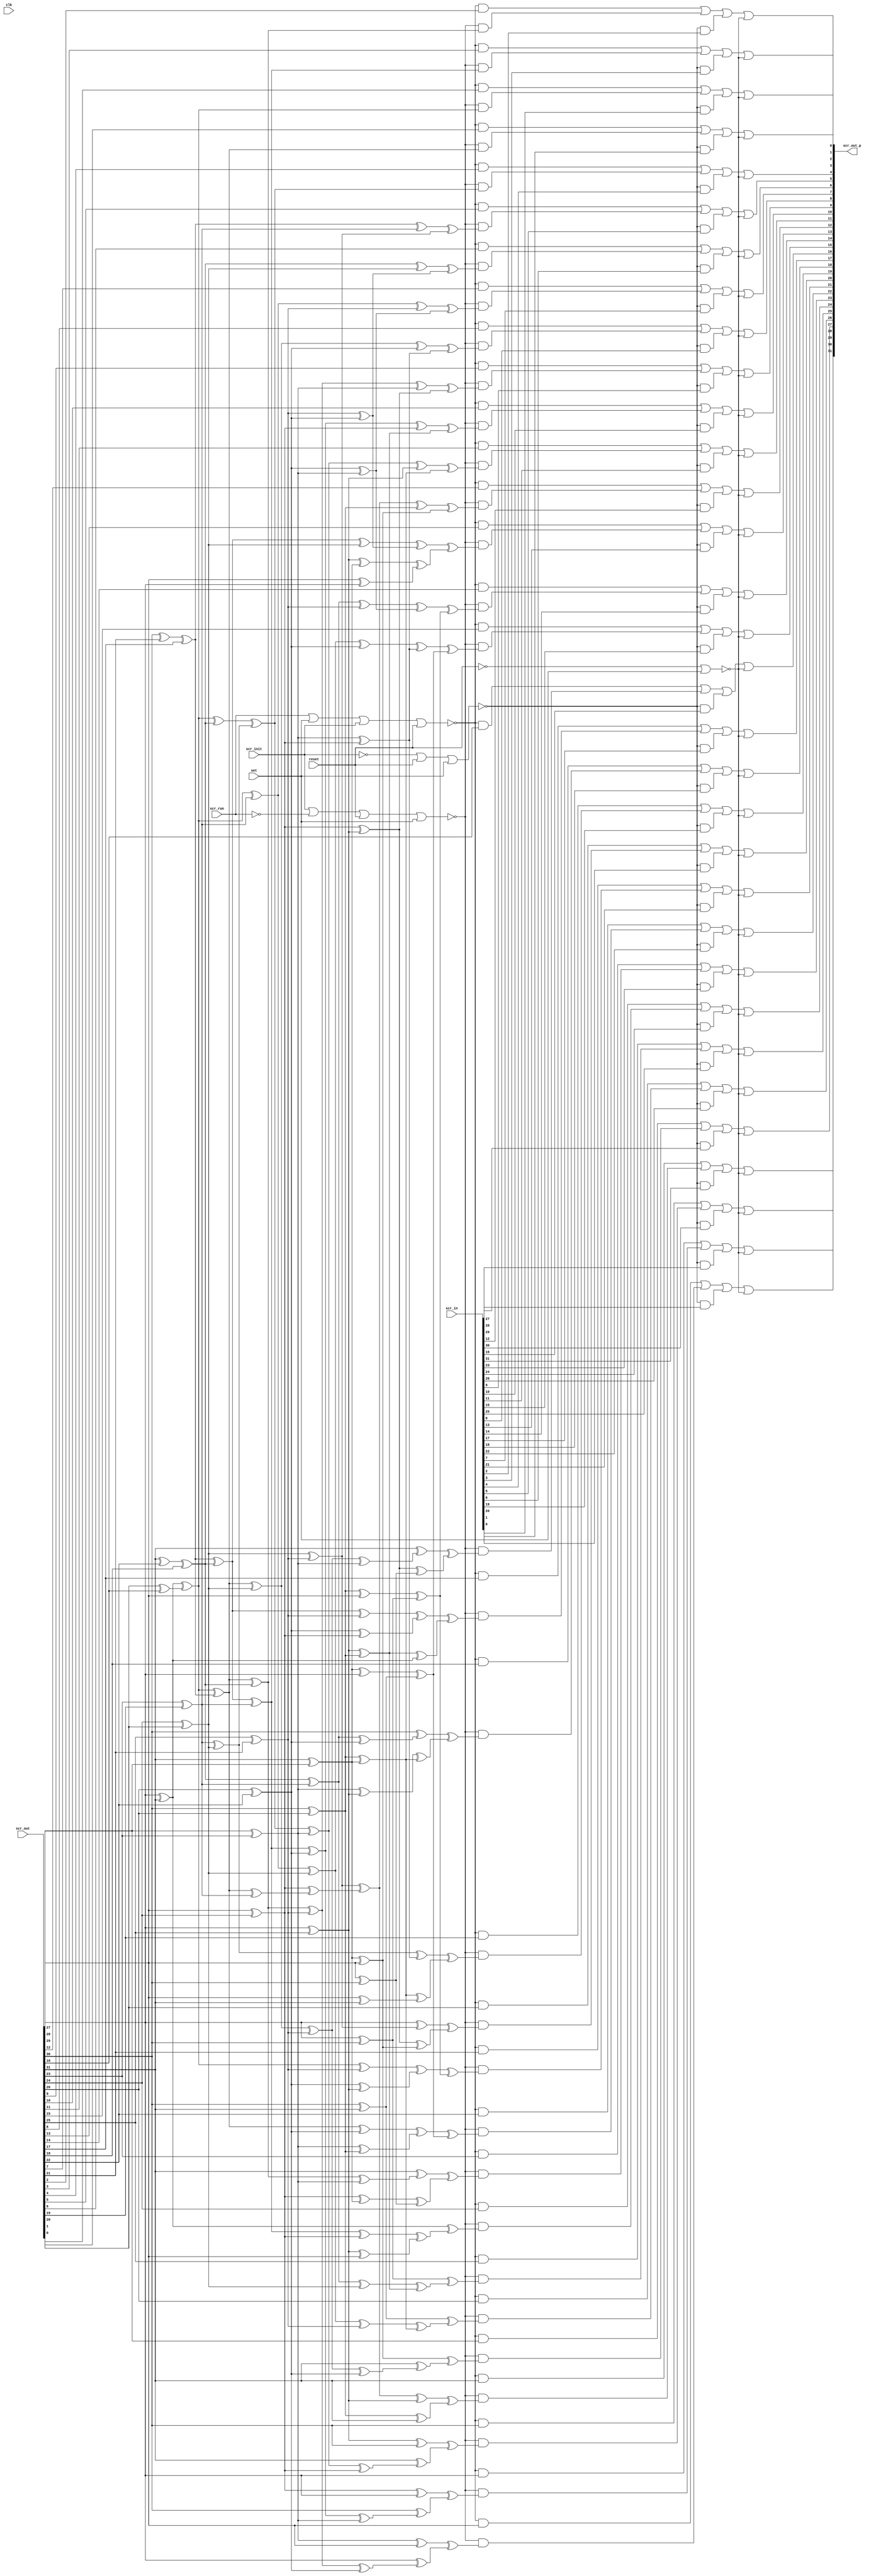
//
// Conformal-LEC: Version 11.10-d208 (10-Mar-2012) (64 bit executable)
//
module top(scr_out, scr_in, scr_init, scr_run, clk, reset, scr_out_p, set);
input  scr_init, scr_run, clk, reset, set;
input   [31:0] scr_out;
input   [31:0] scr_in;
output  [31:0] scr_out_p;
wire  \scr_ff_mux_state_427_13_g792/w_0 , \scr_ff_mux_state_427_13_g792/w_1 , 
    \scr_ff_mux_state_427_13_g792/w_2 , \scr_ff_mux_state_427_13_g792/w_3 , 
    \scr_ff_mux_state_427_13_g792/w_4 , \scr_ff_mux_state_427_13_g780/w_0 , 
    \scr_ff_mux_state_427_13_g780/w_1 , \scr_ff_mux_state_427_13_g780/w_2 , 
    \scr_ff_mux_state_427_13_g780/w_3 , \scr_ff_mux_state_427_13_g780/w_4 , 
    \scr_ff_mux_state_427_13_g764/w_0 , \scr_ff_mux_state_427_13_g764/w_1 , 
    \scr_ff_mux_state_427_13_g764/w_2 , \scr_ff_mux_state_427_13_g764/w_3 , 
    \scr_ff_mux_state_427_13_g764/w_4 , \scr_ff_mux_state_427_13_g752/w_0 , 
    \scr_ff_mux_state_427_13_g752/w_1 , \scr_ff_mux_state_427_13_g752/w_2 , 
    \scr_ff_mux_state_427_13_g752/w_3 , \scr_ff_mux_state_427_13_g752/w_4 , 
    \scr_ff_mux_state_427_13_g736/w_0 , \scr_ff_mux_state_427_13_g736/w_1 , 
    \scr_ff_mux_state_427_13_g736/w_2 , \scr_ff_mux_state_427_13_g736/w_3 , 
    \scr_ff_mux_state_427_13_g736/w_4 , \scr_ff_mux_state_427_13_g724/w_0 , 
    \scr_ff_mux_state_427_13_g724/w_1 , \scr_ff_mux_state_427_13_g724/w_2 , 
    \scr_ff_mux_state_427_13_g724/w_3 , \scr_ff_mux_state_427_13_g724/w_4 , 
    \scr_ff_mux_state_427_13_g708/w_0 , \scr_ff_mux_state_427_13_g708/w_1 , 
    \scr_ff_mux_state_427_13_g708/w_2 , \scr_ff_mux_state_427_13_g708/w_3 , 
    \scr_ff_mux_state_427_13_g708/w_4 , \scr_ff_mux_state_427_13_g696/w_0 , 
    \scr_ff_mux_state_427_13_g696/w_1 , \scr_ff_mux_state_427_13_g696/w_2 , 
    \scr_ff_mux_state_427_13_g696/w_3 , \scr_ff_mux_state_427_13_g696/w_4 , 
    \scr_ff_mux_state_427_13_g680/w_0 , \scr_ff_mux_state_427_13_g680/w_1 , 
    \scr_ff_mux_state_427_13_g680/w_2 , \scr_ff_mux_state_427_13_g680/w_3 , 
    \scr_ff_mux_state_427_13_g680/w_4 , \scr_ff_mux_state_427_13_g668/w_0 , 
    \scr_ff_mux_state_427_13_g668/w_1 , \scr_ff_mux_state_427_13_g668/w_2 , 
    \scr_ff_mux_state_427_13_g668/w_3 , \scr_ff_mux_state_427_13_g668/w_4 , 
    \scr_ff_mux_state_427_13_g652/w_0 , \scr_ff_mux_state_427_13_g652/w_1 , 
    \scr_ff_mux_state_427_13_g652/w_2 , \scr_ff_mux_state_427_13_g652/w_3 , 
    \scr_ff_mux_state_427_13_g652/w_4 , \scr_ff_mux_state_427_13_g640/w_0 , 
    \scr_ff_mux_state_427_13_g640/w_1 , \scr_ff_mux_state_427_13_g640/w_2 , 
    \scr_ff_mux_state_427_13_g640/w_3 , \scr_ff_mux_state_427_13_g640/w_4 , 
    \scr_ff_mux_state_427_13_g624/w_0 , \scr_ff_mux_state_427_13_g624/w_1 , 
    \scr_ff_mux_state_427_13_g624/w_2 , \scr_ff_mux_state_427_13_g624/w_3 , 
    \scr_ff_mux_state_427_13_g624/w_4 , \scr_ff_mux_state_427_13_g612/w_0 , 
    \scr_ff_mux_state_427_13_g612/w_1 , \scr_ff_mux_state_427_13_g612/w_2 , 
    \scr_ff_mux_state_427_13_g612/w_3 , \scr_ff_mux_state_427_13_g612/w_4 , 
    \scr_ff_mux_state_427_13_g596/w_0 , \scr_ff_mux_state_427_13_g596/w_1 , 
    \scr_ff_mux_state_427_13_g596/w_2 , \scr_ff_mux_state_427_13_g596/w_3 , 
    \scr_ff_mux_state_427_13_g596/w_4 , \scr_ff_mux_state_427_13_g584/w_0 , 
    \scr_ff_mux_state_427_13_g584/w_1 , \scr_ff_mux_state_427_13_g584/w_2 , 
    \scr_ff_mux_state_427_13_g584/w_3 , \scr_ff_mux_state_427_13_g584/w_4 , 
    \scr_ff_mux_state_427_13_g568/w_0 , \scr_ff_mux_state_427_13_g568/w_1 , 
    \scr_ff_mux_state_427_13_g568/w_2 , \scr_ff_mux_state_427_13_g568/w_3 , 
    \scr_ff_mux_state_427_13_g568/w_4 , \scr_ff_mux_state_427_13_g556/w_0 , 
    \scr_ff_mux_state_427_13_g556/w_1 , \scr_ff_mux_state_427_13_g556/w_2 , 
    \scr_ff_mux_state_427_13_g556/w_3 , \scr_ff_mux_state_427_13_g556/w_4 , 
    \scr_ff_mux_state_427_13_g540/w_0 , \scr_ff_mux_state_427_13_g540/w_1 , 
    \scr_ff_mux_state_427_13_g540/w_2 , \scr_ff_mux_state_427_13_g540/w_3 , 
    \scr_ff_mux_state_427_13_g540/w_4 , \scr_ff_mux_state_427_13_g528/w_0 , 
    \scr_ff_mux_state_427_13_g528/w_1 , \scr_ff_mux_state_427_13_g528/w_2 , 
    \scr_ff_mux_state_427_13_g528/w_3 , \scr_ff_mux_state_427_13_g528/w_4 , 
    \scr_ff_mux_state_427_13_g512/w_0 , \scr_ff_mux_state_427_13_g512/w_1 , 
    \scr_ff_mux_state_427_13_g512/w_2 , \scr_ff_mux_state_427_13_g512/w_3 , 
    \scr_ff_mux_state_427_13_g512/w_4 , \scr_ff_mux_state_427_13_g500/w_0 , 
    \scr_ff_mux_state_427_13_g500/w_1 , \scr_ff_mux_state_427_13_g500/w_2 , 
    \scr_ff_mux_state_427_13_g500/w_3 , \scr_ff_mux_state_427_13_g500/w_4 , 
    \scr_ff_mux_state_427_13_g484/w_0 , \scr_ff_mux_state_427_13_g484/w_1 , 
    \scr_ff_mux_state_427_13_g484/w_2 , \scr_ff_mux_state_427_13_g484/w_3 , 
    \scr_ff_mux_state_427_13_g484/w_4 , \scr_ff_mux_state_427_13_g472/w_0 , 
    \scr_ff_mux_state_427_13_g472/w_1 , \scr_ff_mux_state_427_13_g472/w_2 , 
    \scr_ff_mux_state_427_13_g472/w_3 , \scr_ff_mux_state_427_13_g472/w_4 , 
    \scr_ff_mux_state_427_13_g456/w_0 , \scr_ff_mux_state_427_13_g456/w_1 , 
    \scr_ff_mux_state_427_13_g456/w_2 , \scr_ff_mux_state_427_13_g456/w_3 , 
    \scr_ff_mux_state_427_13_g456/w_4 , \scr_ff_mux_state_427_13_g444/w_0 , 
    \scr_ff_mux_state_427_13_g444/w_1 , \scr_ff_mux_state_427_13_g444/w_2 , 
    \scr_ff_mux_state_427_13_g444/w_3 , \scr_ff_mux_state_427_13_g444/w_4 , 
    \scr_ff_mux_state_427_13_g428/w_0 , \scr_ff_mux_state_427_13_g428/w_1 , 
    \scr_ff_mux_state_427_13_g428/w_2 , \scr_ff_mux_state_427_13_g428/w_3 , 
    \scr_ff_mux_state_427_13_g428/w_4 , \scr_ff_mux_state_427_13_g416/w_0 , 
    \scr_ff_mux_state_427_13_g416/w_1 , \scr_ff_mux_state_427_13_g416/w_2 , 
    \scr_ff_mux_state_427_13_g416/w_3 , \scr_ff_mux_state_427_13_g416/w_4 , 
    \scr_ff_mux_state_427_13_g400/w_0 , \scr_ff_mux_state_427_13_g400/w_1 , 
    \scr_ff_mux_state_427_13_g400/w_2 , \scr_ff_mux_state_427_13_g400/w_3 , 
    \scr_ff_mux_state_427_13_g400/w_4 , \scr_ff_mux_state_427_13_g388/w_0 , 
    \scr_ff_mux_state_427_13_g388/w_1 , \scr_ff_mux_state_427_13_g388/w_2 , 
    \scr_ff_mux_state_427_13_g388/w_3 , \scr_ff_mux_state_427_13_g388/w_4 , 
    \scr_ff_mux_state_427_13_g372/w_0 , \scr_ff_mux_state_427_13_g372/w_1 , 
    \scr_ff_mux_state_427_13_g372/w_2 , \scr_ff_mux_state_427_13_g372/w_3 , 
    \scr_ff_mux_state_427_13_g372/w_4 , \scr_ff_mux_state_427_13_g360/w_0 , 
    \scr_ff_mux_state_427_13_g360/w_1 , \scr_ff_mux_state_427_13_g360/w_2 , 
    \scr_ff_mux_state_427_13_g360/w_3 , \scr_ff_mux_state_427_13_g360/w_4 , 
    n_1153, n_1152, n_1151, n_425, n_424, n_423, n_422, n_404, n_402, n_401, 
    n_398, n_397, n_395, n_394, n_392, n_391, n_389, n_388, n_386, n_385, 
    n_383, n_382, n_380, n_379, n_377, n_376, n_374, n_373, n_372, n_371, 
    n_370, n_369, n_368, n_367, n_366, n_364, n_361, n_360, n_359, n_357, 
    n_353, n_352, n_351, n_350, n_347, n_346, n_345, n_344, n_341, n_340, 
    n_339, n_338, n_337, n_335, n_334, n_333, n_332, n_331, n_330, n_328, 
    n_327, n_326, n_325, n_324, n_322, n_321, n_320, n_319, n_318, n_316, 
    n_315, n_314, n_313, n_312, n_311, n_309, n_308, n_307, n_306, n_305, 
    n_304, n_303, n_302, n_301, n_300, n_299, n_298, n_297, n_296, n_295, 
    n_294, n_293, n_292, n_291, n_290, n_289, n_288, n_287, n_286, n_285, 
    n_284, n_283, n_282, n_281, n_280, n_279, n_278, n_277, n_276, n_275, 
    n_274, n_273, n_272, n_271, n_270, n_269, n_268, n_267, n_112, n_107, 
    n_106, n_102, n_101, n_96, n_95, n_90, n_89, n_88, n_84, n_83, n_78, n_74, 
    n_73, n_72, a15, \a14[0] , \a13[0] , \a12[0] , \a11[0] , \a10[0] , \a9[0] , 
    \a8[0] , \a7[0] , \a6[0] , \a5[0] , \a4[0] , set, reset, clk, scr_run, 
    scr_init;
wire  \scr_ff_mux_state_427_13_g792/data3 , \scr_ff_mux_state_427_13_g792/data4 , 
    \scr_ff_mux_state_427_13_g780/data3 , \scr_ff_mux_state_427_13_g780/data4 , 
    \scr_ff_mux_state_427_13_g764/data3 , \scr_ff_mux_state_427_13_g764/data4 , 
    \scr_ff_mux_state_427_13_g752/data3 , \scr_ff_mux_state_427_13_g752/data4 , 
    \scr_ff_mux_state_427_13_g736/data3 , \scr_ff_mux_state_427_13_g736/data4 , 
    \scr_ff_mux_state_427_13_g724/data3 , \scr_ff_mux_state_427_13_g724/data4 , 
    \scr_ff_mux_state_427_13_g708/data3 , \scr_ff_mux_state_427_13_g708/data4 , 
    \scr_ff_mux_state_427_13_g696/data3 , \scr_ff_mux_state_427_13_g696/data4 , 
    \scr_ff_mux_state_427_13_g680/data3 , \scr_ff_mux_state_427_13_g680/data4 , 
    \scr_ff_mux_state_427_13_g668/data3 , \scr_ff_mux_state_427_13_g668/data4 , 
    \scr_ff_mux_state_427_13_g652/data3 , \scr_ff_mux_state_427_13_g652/data4 , 
    \scr_ff_mux_state_427_13_g640/data3 , \scr_ff_mux_state_427_13_g640/data4 , 
    \scr_ff_mux_state_427_13_g624/data3 , \scr_ff_mux_state_427_13_g624/data4 , 
    \scr_ff_mux_state_427_13_g612/data3 , \scr_ff_mux_state_427_13_g612/data4 , 
    \scr_ff_mux_state_427_13_g596/data3 , \scr_ff_mux_state_427_13_g596/data4 , 
    \scr_ff_mux_state_427_13_g584/data3 , \scr_ff_mux_state_427_13_g584/data4 , 
    \scr_ff_mux_state_427_13_g568/data3 , \scr_ff_mux_state_427_13_g568/data4 , 
    \scr_ff_mux_state_427_13_g556/data3 , \scr_ff_mux_state_427_13_g556/data4 , 
    \scr_ff_mux_state_427_13_g540/data3 , \scr_ff_mux_state_427_13_g540/data4 , 
    \scr_ff_mux_state_427_13_g528/data3 , \scr_ff_mux_state_427_13_g528/data4 , 
    \scr_ff_mux_state_427_13_g512/data3 , \scr_ff_mux_state_427_13_g512/data4 , 
    \scr_ff_mux_state_427_13_g500/data3 , \scr_ff_mux_state_427_13_g500/data4 , 
    \scr_ff_mux_state_427_13_g484/data3 , \scr_ff_mux_state_427_13_g484/data4 , 
    \scr_ff_mux_state_427_13_g472/data3 , \scr_ff_mux_state_427_13_g472/data4 , 
    \scr_ff_mux_state_427_13_g456/data3 , \scr_ff_mux_state_427_13_g456/data4 , 
    \scr_ff_mux_state_427_13_g444/data3 , \scr_ff_mux_state_427_13_g444/data4 , 
    \scr_ff_mux_state_427_13_g428/data3 , \scr_ff_mux_state_427_13_g428/data4 , 
    \scr_ff_mux_state_427_13_g416/data3 , \scr_ff_mux_state_427_13_g416/data4 , 
    \scr_ff_mux_state_427_13_g400/data3 , \scr_ff_mux_state_427_13_g400/data4 , 
    \scr_ff_mux_state_427_13_g388/data3 , \scr_ff_mux_state_427_13_g388/data4 , 
    \scr_ff_mux_state_427_13_g372/data3 , \scr_ff_mux_state_427_13_g372/data4 , 
    \scr_ff_mux_state_427_13_g360/data3 , \scr_ff_mux_state_427_13_g360/data4 ;
wire   [31:0] scr_out_p;
wire   [31:0] scr_in;
wire   [31:0] scr_out;
  assign \scr_ff_mux_state_427_13_g792/data4  = 1'b0;
  assign \scr_ff_mux_state_427_13_g780/data4  = 1'b0;
  assign \scr_ff_mux_state_427_13_g764/data4  = 1'b0;
  assign \scr_ff_mux_state_427_13_g752/data4  = 1'b0;
  assign \scr_ff_mux_state_427_13_g736/data4  = 1'b0;
  assign \scr_ff_mux_state_427_13_g724/data4  = 1'b0;
  assign \scr_ff_mux_state_427_13_g708/data4  = 1'b0;
  assign \scr_ff_mux_state_427_13_g696/data4  = 1'b0;
  assign \scr_ff_mux_state_427_13_g680/data4  = 1'b0;
  assign \scr_ff_mux_state_427_13_g668/data4  = 1'b0;
  assign \scr_ff_mux_state_427_13_g652/data4  = 1'b0;
  assign \scr_ff_mux_state_427_13_g640/data4  = 1'b0;
  assign \scr_ff_mux_state_427_13_g624/data4  = 1'b0;
  assign \scr_ff_mux_state_427_13_g612/data4  = 1'b0;
  assign \scr_ff_mux_state_427_13_g596/data4  = 1'b0;
  assign \scr_ff_mux_state_427_13_g584/data4  = 1'b0;
  assign \scr_ff_mux_state_427_13_g568/data4  = 1'b0;
  assign \scr_ff_mux_state_427_13_g556/data4  = 1'b0;
  assign \scr_ff_mux_state_427_13_g540/data4  = 1'b0;
  assign \scr_ff_mux_state_427_13_g528/data4  = 1'b0;
  assign \scr_ff_mux_state_427_13_g512/data4  = 1'b0;
  assign \scr_ff_mux_state_427_13_g500/data4  = 1'b0;
  assign \scr_ff_mux_state_427_13_g484/data4  = 1'b0;
  assign \scr_ff_mux_state_427_13_g472/data4  = 1'b0;
  assign \scr_ff_mux_state_427_13_g456/data4  = 1'b0;
  assign \scr_ff_mux_state_427_13_g444/data4  = 1'b0;
  assign \scr_ff_mux_state_427_13_g428/data4  = 1'b0;
  assign \scr_ff_mux_state_427_13_g416/data4  = 1'b0;
  assign \scr_ff_mux_state_427_13_g400/data4  = 1'b0;
  assign \scr_ff_mux_state_427_13_g388/data4  = 1'b0;
  assign \scr_ff_mux_state_427_13_g372/data4  = 1'b0;
  assign \scr_ff_mux_state_427_13_g360/data4  = 1'b0;
  assign \scr_ff_mux_state_427_13_g792/data3  = 1'b1;
  assign \scr_ff_mux_state_427_13_g780/data3  = 1'b1;
  assign \scr_ff_mux_state_427_13_g764/data3  = 1'b1;
  assign \scr_ff_mux_state_427_13_g752/data3  = 1'b1;
  assign \scr_ff_mux_state_427_13_g736/data3  = 1'b1;
  assign \scr_ff_mux_state_427_13_g724/data3  = 1'b1;
  assign \scr_ff_mux_state_427_13_g708/data3  = 1'b1;
  assign \scr_ff_mux_state_427_13_g696/data3  = 1'b1;
  assign \scr_ff_mux_state_427_13_g680/data3  = 1'b1;
  assign \scr_ff_mux_state_427_13_g668/data3  = 1'b1;
  assign \scr_ff_mux_state_427_13_g652/data3  = 1'b1;
  assign \scr_ff_mux_state_427_13_g640/data3  = 1'b1;
  assign \scr_ff_mux_state_427_13_g624/data3  = 1'b1;
  assign \scr_ff_mux_state_427_13_g612/data3  = 1'b1;
  assign \scr_ff_mux_state_427_13_g596/data3  = 1'b1;
  assign \scr_ff_mux_state_427_13_g584/data3  = 1'b1;
  assign \scr_ff_mux_state_427_13_g568/data3  = 1'b1;
  assign \scr_ff_mux_state_427_13_g556/data3  = 1'b1;
  assign \scr_ff_mux_state_427_13_g540/data3  = 1'b1;
  assign \scr_ff_mux_state_427_13_g528/data3  = 1'b1;
  assign \scr_ff_mux_state_427_13_g512/data3  = 1'b1;
  assign \scr_ff_mux_state_427_13_g500/data3  = 1'b1;
  assign \scr_ff_mux_state_427_13_g484/data3  = 1'b1;
  assign \scr_ff_mux_state_427_13_g472/data3  = 1'b1;
  assign \scr_ff_mux_state_427_13_g456/data3  = 1'b1;
  assign \scr_ff_mux_state_427_13_g444/data3  = 1'b1;
  assign \scr_ff_mux_state_427_13_g428/data3  = 1'b1;
  assign \scr_ff_mux_state_427_13_g416/data3  = 1'b1;
  assign \scr_ff_mux_state_427_13_g400/data3  = 1'b1;
  assign \scr_ff_mux_state_427_13_g388/data3  = 1'b1;
  assign \scr_ff_mux_state_427_13_g372/data3  = 1'b1;
  assign \scr_ff_mux_state_427_13_g360/data3  = 1'b1;
  or \scr_ff_mux_state_427_13_g792/org (scr_out_p[27], 
    \scr_ff_mux_state_427_13_g792/w_0 , \scr_ff_mux_state_427_13_g792/w_1 , 
    \scr_ff_mux_state_427_13_g792/w_2 , \scr_ff_mux_state_427_13_g792/w_3 , 
    \scr_ff_mux_state_427_13_g792/w_4 );
  and \scr_ff_mux_state_427_13_g792/a_4 (\scr_ff_mux_state_427_13_g792/w_4 , set, 
    \scr_ff_mux_state_427_13_g792/data4 );
  and \scr_ff_mux_state_427_13_g792/a_3 (\scr_ff_mux_state_427_13_g792/w_3 , 
    n_425, \scr_ff_mux_state_427_13_g792/data3 );
  and \scr_ff_mux_state_427_13_g792/a_2 (\scr_ff_mux_state_427_13_g792/w_2 , 
    n_424, scr_in[27]);
  and \scr_ff_mux_state_427_13_g792/a_1 (\scr_ff_mux_state_427_13_g792/w_1 , 
    n_423, n_285);
  and \scr_ff_mux_state_427_13_g792/a_0 (\scr_ff_mux_state_427_13_g792/w_0 , 
    n_422, scr_out[27]);
  or \scr_ff_mux_state_427_13_g780/org (scr_out_p[28], 
    \scr_ff_mux_state_427_13_g780/w_0 , \scr_ff_mux_state_427_13_g780/w_1 , 
    \scr_ff_mux_state_427_13_g780/w_2 , \scr_ff_mux_state_427_13_g780/w_3 , 
    \scr_ff_mux_state_427_13_g780/w_4 );
  and \scr_ff_mux_state_427_13_g780/a_4 (\scr_ff_mux_state_427_13_g780/w_4 , set, 
    \scr_ff_mux_state_427_13_g780/data4 );
  and \scr_ff_mux_state_427_13_g780/a_3 (\scr_ff_mux_state_427_13_g780/w_3 , 
    n_425, \scr_ff_mux_state_427_13_g780/data3 );
  and \scr_ff_mux_state_427_13_g780/a_2 (\scr_ff_mux_state_427_13_g780/w_2 , 
    n_424, scr_in[28]);
  and \scr_ff_mux_state_427_13_g780/a_1 (\scr_ff_mux_state_427_13_g780/w_1 , 
    n_423, n_281);
  and \scr_ff_mux_state_427_13_g780/a_0 (\scr_ff_mux_state_427_13_g780/w_0 , 
    n_422, scr_out[28]);
  or \scr_ff_mux_state_427_13_g764/org (scr_out_p[29], 
    \scr_ff_mux_state_427_13_g764/w_0 , \scr_ff_mux_state_427_13_g764/w_1 , 
    \scr_ff_mux_state_427_13_g764/w_2 , \scr_ff_mux_state_427_13_g764/w_3 , 
    \scr_ff_mux_state_427_13_g764/w_4 );
  and \scr_ff_mux_state_427_13_g764/a_4 (\scr_ff_mux_state_427_13_g764/w_4 , set, 
    \scr_ff_mux_state_427_13_g764/data4 );
  and \scr_ff_mux_state_427_13_g764/a_3 (\scr_ff_mux_state_427_13_g764/w_3 , 
    n_425, \scr_ff_mux_state_427_13_g764/data3 );
  and \scr_ff_mux_state_427_13_g764/a_2 (\scr_ff_mux_state_427_13_g764/w_2 , 
    n_424, scr_in[29]);
  and \scr_ff_mux_state_427_13_g764/a_1 (\scr_ff_mux_state_427_13_g764/w_1 , 
    n_423, n_277);
  and \scr_ff_mux_state_427_13_g764/a_0 (\scr_ff_mux_state_427_13_g764/w_0 , 
    n_422, scr_out[29]);
  or \scr_ff_mux_state_427_13_g752/org (scr_out_p[12], 
    \scr_ff_mux_state_427_13_g752/w_0 , \scr_ff_mux_state_427_13_g752/w_1 , 
    \scr_ff_mux_state_427_13_g752/w_2 , \scr_ff_mux_state_427_13_g752/w_3 , 
    \scr_ff_mux_state_427_13_g752/w_4 );
  and \scr_ff_mux_state_427_13_g752/a_4 (\scr_ff_mux_state_427_13_g752/w_4 , set, 
    \scr_ff_mux_state_427_13_g752/data4 );
  and \scr_ff_mux_state_427_13_g752/a_3 (\scr_ff_mux_state_427_13_g752/w_3 , 
    n_425, \scr_ff_mux_state_427_13_g752/data3 );
  and \scr_ff_mux_state_427_13_g752/a_2 (\scr_ff_mux_state_427_13_g752/w_2 , 
    n_424, scr_in[12]);
  and \scr_ff_mux_state_427_13_g752/a_1 (\scr_ff_mux_state_427_13_g752/w_1 , 
    n_423, n_376);
  and \scr_ff_mux_state_427_13_g752/a_0 (\scr_ff_mux_state_427_13_g752/w_0 , 
    n_422, scr_out[12]);
  or \scr_ff_mux_state_427_13_g736/org (scr_out_p[30], 
    \scr_ff_mux_state_427_13_g736/w_0 , \scr_ff_mux_state_427_13_g736/w_1 , 
    \scr_ff_mux_state_427_13_g736/w_2 , \scr_ff_mux_state_427_13_g736/w_3 , 
    \scr_ff_mux_state_427_13_g736/w_4 );
  and \scr_ff_mux_state_427_13_g736/a_4 (\scr_ff_mux_state_427_13_g736/w_4 , set, 
    \scr_ff_mux_state_427_13_g736/data4 );
  and \scr_ff_mux_state_427_13_g736/a_3 (\scr_ff_mux_state_427_13_g736/w_3 , 
    n_425, \scr_ff_mux_state_427_13_g736/data3 );
  and \scr_ff_mux_state_427_13_g736/a_2 (\scr_ff_mux_state_427_13_g736/w_2 , 
    n_424, scr_in[30]);
  and \scr_ff_mux_state_427_13_g736/a_1 (\scr_ff_mux_state_427_13_g736/w_1 , 
    n_423, n_273);
  and \scr_ff_mux_state_427_13_g736/a_0 (\scr_ff_mux_state_427_13_g736/w_0 , 
    n_422, scr_out[30]);
  or \scr_ff_mux_state_427_13_g724/org (scr_out_p[16], 
    \scr_ff_mux_state_427_13_g724/w_0 , \scr_ff_mux_state_427_13_g724/w_1 , 
    \scr_ff_mux_state_427_13_g724/w_2 , \scr_ff_mux_state_427_13_g724/w_3 , 
    \scr_ff_mux_state_427_13_g724/w_4 );
  and \scr_ff_mux_state_427_13_g724/a_4 (\scr_ff_mux_state_427_13_g724/w_4 , set, 
    \scr_ff_mux_state_427_13_g724/data4 );
  and \scr_ff_mux_state_427_13_g724/a_3 (\scr_ff_mux_state_427_13_g724/w_3 , 
    n_425, \scr_ff_mux_state_427_13_g724/data3 );
  and \scr_ff_mux_state_427_13_g724/a_2 (\scr_ff_mux_state_427_13_g724/w_2 , 
    n_424, scr_in[16]);
  and \scr_ff_mux_state_427_13_g724/a_1 (\scr_ff_mux_state_427_13_g724/w_1 , 
    n_423, n_352);
  and \scr_ff_mux_state_427_13_g724/a_0 (\scr_ff_mux_state_427_13_g724/w_0 , 
    n_422, scr_out[16]);
  or \scr_ff_mux_state_427_13_g708/org (scr_out_p[31], 
    \scr_ff_mux_state_427_13_g708/w_0 , \scr_ff_mux_state_427_13_g708/w_1 , 
    \scr_ff_mux_state_427_13_g708/w_2 , \scr_ff_mux_state_427_13_g708/w_3 , 
    \scr_ff_mux_state_427_13_g708/w_4 );
  and \scr_ff_mux_state_427_13_g708/a_4 (\scr_ff_mux_state_427_13_g708/w_4 , set, 
    \scr_ff_mux_state_427_13_g708/data4 );
  and \scr_ff_mux_state_427_13_g708/a_3 (\scr_ff_mux_state_427_13_g708/w_3 , 
    n_425, \scr_ff_mux_state_427_13_g708/data3 );
  and \scr_ff_mux_state_427_13_g708/a_2 (\scr_ff_mux_state_427_13_g708/w_2 , 
    n_424, scr_in[31]);
  and \scr_ff_mux_state_427_13_g708/a_1 (\scr_ff_mux_state_427_13_g708/w_1 , 
    n_423, n_269);
  and \scr_ff_mux_state_427_13_g708/a_0 (\scr_ff_mux_state_427_13_g708/w_0 , 
    n_422, scr_out[31]);
  or \scr_ff_mux_state_427_13_g696/org (scr_out_p[23], 
    \scr_ff_mux_state_427_13_g696/w_0 , \scr_ff_mux_state_427_13_g696/w_1 , 
    \scr_ff_mux_state_427_13_g696/w_2 , \scr_ff_mux_state_427_13_g696/w_3 , 
    \scr_ff_mux_state_427_13_g696/w_4 );
  and \scr_ff_mux_state_427_13_g696/a_4 (\scr_ff_mux_state_427_13_g696/w_4 , set, 
    \scr_ff_mux_state_427_13_g696/data4 );
  and \scr_ff_mux_state_427_13_g696/a_3 (\scr_ff_mux_state_427_13_g696/w_3 , 
    n_425, \scr_ff_mux_state_427_13_g696/data3 );
  and \scr_ff_mux_state_427_13_g696/a_2 (\scr_ff_mux_state_427_13_g696/w_2 , 
    n_424, scr_in[23]);
  and \scr_ff_mux_state_427_13_g696/a_1 (\scr_ff_mux_state_427_13_g696/w_1 , 
    n_423, n_306);
  and \scr_ff_mux_state_427_13_g696/a_0 (\scr_ff_mux_state_427_13_g696/w_0 , 
    n_422, scr_out[23]);
  or \scr_ff_mux_state_427_13_g680/org (scr_out_p[24], 
    \scr_ff_mux_state_427_13_g680/w_0 , \scr_ff_mux_state_427_13_g680/w_1 , 
    \scr_ff_mux_state_427_13_g680/w_2 , \scr_ff_mux_state_427_13_g680/w_3 , 
    \scr_ff_mux_state_427_13_g680/w_4 );
  and \scr_ff_mux_state_427_13_g680/a_4 (\scr_ff_mux_state_427_13_g680/w_4 , set, 
    \scr_ff_mux_state_427_13_g680/data4 );
  and \scr_ff_mux_state_427_13_g680/a_3 (\scr_ff_mux_state_427_13_g680/w_3 , 
    n_425, \scr_ff_mux_state_427_13_g680/data3 );
  and \scr_ff_mux_state_427_13_g680/a_2 (\scr_ff_mux_state_427_13_g680/w_2 , 
    n_424, scr_in[24]);
  and \scr_ff_mux_state_427_13_g680/a_1 (\scr_ff_mux_state_427_13_g680/w_1 , 
    n_423, n_300);
  and \scr_ff_mux_state_427_13_g680/a_0 (\scr_ff_mux_state_427_13_g680/w_0 , 
    n_422, scr_out[24]);
  or \scr_ff_mux_state_427_13_g668/org (scr_out_p[26], 
    \scr_ff_mux_state_427_13_g668/w_0 , \scr_ff_mux_state_427_13_g668/w_1 , 
    \scr_ff_mux_state_427_13_g668/w_2 , \scr_ff_mux_state_427_13_g668/w_3 , 
    \scr_ff_mux_state_427_13_g668/w_4 );
  and \scr_ff_mux_state_427_13_g668/a_4 (\scr_ff_mux_state_427_13_g668/w_4 , set, 
    \scr_ff_mux_state_427_13_g668/data4 );
  and \scr_ff_mux_state_427_13_g668/a_3 (\scr_ff_mux_state_427_13_g668/w_3 , 
    n_425, \scr_ff_mux_state_427_13_g668/data3 );
  and \scr_ff_mux_state_427_13_g668/a_2 (\scr_ff_mux_state_427_13_g668/w_2 , 
    n_424, scr_in[26]);
  and \scr_ff_mux_state_427_13_g668/a_1 (\scr_ff_mux_state_427_13_g668/w_1 , 
    n_423, n_290);
  and \scr_ff_mux_state_427_13_g668/a_0 (\scr_ff_mux_state_427_13_g668/w_0 , 
    n_422, scr_out[26]);
  or \scr_ff_mux_state_427_13_g652/org (scr_out_p[9], 
    \scr_ff_mux_state_427_13_g652/w_0 , \scr_ff_mux_state_427_13_g652/w_1 , 
    \scr_ff_mux_state_427_13_g652/w_2 , \scr_ff_mux_state_427_13_g652/w_3 , 
    \scr_ff_mux_state_427_13_g652/w_4 );
  and \scr_ff_mux_state_427_13_g652/a_4 (\scr_ff_mux_state_427_13_g652/w_4 , set, 
    \scr_ff_mux_state_427_13_g652/data4 );
  and \scr_ff_mux_state_427_13_g652/a_3 (\scr_ff_mux_state_427_13_g652/w_3 , 
    n_425, \scr_ff_mux_state_427_13_g652/data3 );
  and \scr_ff_mux_state_427_13_g652/a_2 (\scr_ff_mux_state_427_13_g652/w_2 , 
    n_424, scr_in[9]);
  and \scr_ff_mux_state_427_13_g652/a_1 (\scr_ff_mux_state_427_13_g652/w_1 , 
    n_423, n_385);
  and \scr_ff_mux_state_427_13_g652/a_0 (\scr_ff_mux_state_427_13_g652/w_0 , 
    n_422, scr_out[9]);
  or \scr_ff_mux_state_427_13_g640/org (scr_out_p[10], 
    \scr_ff_mux_state_427_13_g640/w_0 , \scr_ff_mux_state_427_13_g640/w_1 , 
    \scr_ff_mux_state_427_13_g640/w_2 , \scr_ff_mux_state_427_13_g640/w_3 , 
    \scr_ff_mux_state_427_13_g640/w_4 );
  and \scr_ff_mux_state_427_13_g640/a_4 (\scr_ff_mux_state_427_13_g640/w_4 , set, 
    \scr_ff_mux_state_427_13_g640/data4 );
  and \scr_ff_mux_state_427_13_g640/a_3 (\scr_ff_mux_state_427_13_g640/w_3 , 
    n_425, \scr_ff_mux_state_427_13_g640/data3 );
  and \scr_ff_mux_state_427_13_g640/a_2 (\scr_ff_mux_state_427_13_g640/w_2 , 
    n_424, scr_in[10]);
  and \scr_ff_mux_state_427_13_g640/a_1 (\scr_ff_mux_state_427_13_g640/w_1 , 
    n_423, n_382);
  and \scr_ff_mux_state_427_13_g640/a_0 (\scr_ff_mux_state_427_13_g640/w_0 , 
    n_422, scr_out[10]);
  or \scr_ff_mux_state_427_13_g624/org (scr_out_p[11], 
    \scr_ff_mux_state_427_13_g624/w_0 , \scr_ff_mux_state_427_13_g624/w_1 , 
    \scr_ff_mux_state_427_13_g624/w_2 , \scr_ff_mux_state_427_13_g624/w_3 , 
    \scr_ff_mux_state_427_13_g624/w_4 );
  and \scr_ff_mux_state_427_13_g624/a_4 (\scr_ff_mux_state_427_13_g624/w_4 , set, 
    \scr_ff_mux_state_427_13_g624/data4 );
  and \scr_ff_mux_state_427_13_g624/a_3 (\scr_ff_mux_state_427_13_g624/w_3 , 
    n_425, \scr_ff_mux_state_427_13_g624/data3 );
  and \scr_ff_mux_state_427_13_g624/a_2 (\scr_ff_mux_state_427_13_g624/w_2 , 
    n_424, scr_in[11]);
  and \scr_ff_mux_state_427_13_g624/a_1 (\scr_ff_mux_state_427_13_g624/w_1 , 
    n_423, n_379);
  and \scr_ff_mux_state_427_13_g624/a_0 (\scr_ff_mux_state_427_13_g624/w_0 , 
    n_422, scr_out[11]);
  or \scr_ff_mux_state_427_13_g612/org (scr_out_p[15], 
    \scr_ff_mux_state_427_13_g612/w_0 , \scr_ff_mux_state_427_13_g612/w_1 , 
    \scr_ff_mux_state_427_13_g612/w_2 , \scr_ff_mux_state_427_13_g612/w_3 , 
    \scr_ff_mux_state_427_13_g612/w_4 );
  and \scr_ff_mux_state_427_13_g612/a_4 (\scr_ff_mux_state_427_13_g612/w_4 , set, 
    \scr_ff_mux_state_427_13_g612/data4 );
  and \scr_ff_mux_state_427_13_g612/a_3 (\scr_ff_mux_state_427_13_g612/w_3 , 
    n_425, \scr_ff_mux_state_427_13_g612/data3 );
  and \scr_ff_mux_state_427_13_g612/a_2 (\scr_ff_mux_state_427_13_g612/w_2 , 
    n_424, scr_in[15]);
  and \scr_ff_mux_state_427_13_g612/a_1 (\scr_ff_mux_state_427_13_g612/w_1 , 
    n_423, n_359);
  and \scr_ff_mux_state_427_13_g612/a_0 (\scr_ff_mux_state_427_13_g612/w_0 , 
    n_422, scr_out[15]);
  or \scr_ff_mux_state_427_13_g596/org (scr_out_p[25], 
    \scr_ff_mux_state_427_13_g596/w_0 , \scr_ff_mux_state_427_13_g596/w_1 , 
    \scr_ff_mux_state_427_13_g596/w_2 , \scr_ff_mux_state_427_13_g596/w_3 , 
    \scr_ff_mux_state_427_13_g596/w_4 );
  and \scr_ff_mux_state_427_13_g596/a_4 (\scr_ff_mux_state_427_13_g596/w_4 , set, 
    \scr_ff_mux_state_427_13_g596/data4 );
  and \scr_ff_mux_state_427_13_g596/a_3 (\scr_ff_mux_state_427_13_g596/w_3 , 
    n_425, \scr_ff_mux_state_427_13_g596/data3 );
  and \scr_ff_mux_state_427_13_g596/a_2 (\scr_ff_mux_state_427_13_g596/w_2 , 
    n_424, scr_in[25]);
  and \scr_ff_mux_state_427_13_g596/a_1 (\scr_ff_mux_state_427_13_g596/w_1 , 
    n_423, n_295);
  and \scr_ff_mux_state_427_13_g596/a_0 (\scr_ff_mux_state_427_13_g596/w_0 , 
    n_422, scr_out[25]);
  or \scr_ff_mux_state_427_13_g584/org (scr_out_p[8], 
    \scr_ff_mux_state_427_13_g584/w_0 , \scr_ff_mux_state_427_13_g584/w_1 , 
    \scr_ff_mux_state_427_13_g584/w_2 , \scr_ff_mux_state_427_13_g584/w_3 , 
    \scr_ff_mux_state_427_13_g584/w_4 );
  and \scr_ff_mux_state_427_13_g584/a_4 (\scr_ff_mux_state_427_13_g584/w_4 , set, 
    \scr_ff_mux_state_427_13_g584/data4 );
  and \scr_ff_mux_state_427_13_g584/a_3 (\scr_ff_mux_state_427_13_g584/w_3 , 
    n_425, \scr_ff_mux_state_427_13_g584/data3 );
  and \scr_ff_mux_state_427_13_g584/a_2 (\scr_ff_mux_state_427_13_g584/w_2 , 
    n_424, scr_in[8]);
  and \scr_ff_mux_state_427_13_g584/a_1 (\scr_ff_mux_state_427_13_g584/w_1 , 
    n_423, n_388);
  and \scr_ff_mux_state_427_13_g584/a_0 (\scr_ff_mux_state_427_13_g584/w_0 , 
    n_422, scr_out[8]);
  or \scr_ff_mux_state_427_13_g568/org (scr_out_p[13], 
    \scr_ff_mux_state_427_13_g568/w_0 , \scr_ff_mux_state_427_13_g568/w_1 , 
    \scr_ff_mux_state_427_13_g568/w_2 , \scr_ff_mux_state_427_13_g568/w_3 , 
    \scr_ff_mux_state_427_13_g568/w_4 );
  and \scr_ff_mux_state_427_13_g568/a_4 (\scr_ff_mux_state_427_13_g568/w_4 , set, 
    \scr_ff_mux_state_427_13_g568/data4 );
  and \scr_ff_mux_state_427_13_g568/a_3 (\scr_ff_mux_state_427_13_g568/w_3 , 
    n_425, \scr_ff_mux_state_427_13_g568/data3 );
  and \scr_ff_mux_state_427_13_g568/a_2 (\scr_ff_mux_state_427_13_g568/w_2 , 
    n_424, scr_in[13]);
  and \scr_ff_mux_state_427_13_g568/a_1 (\scr_ff_mux_state_427_13_g568/w_1 , 
    n_423, n_373);
  and \scr_ff_mux_state_427_13_g568/a_0 (\scr_ff_mux_state_427_13_g568/w_0 , 
    n_422, scr_out[13]);
  or \scr_ff_mux_state_427_13_g556/org (scr_out_p[14], 
    \scr_ff_mux_state_427_13_g556/w_0 , \scr_ff_mux_state_427_13_g556/w_1 , 
    \scr_ff_mux_state_427_13_g556/w_2 , \scr_ff_mux_state_427_13_g556/w_3 , 
    \scr_ff_mux_state_427_13_g556/w_4 );
  and \scr_ff_mux_state_427_13_g556/a_4 (\scr_ff_mux_state_427_13_g556/w_4 , set, 
    \scr_ff_mux_state_427_13_g556/data4 );
  and \scr_ff_mux_state_427_13_g556/a_3 (\scr_ff_mux_state_427_13_g556/w_3 , 
    n_425, \scr_ff_mux_state_427_13_g556/data3 );
  and \scr_ff_mux_state_427_13_g556/a_2 (\scr_ff_mux_state_427_13_g556/w_2 , 
    n_424, scr_in[14]);
  and \scr_ff_mux_state_427_13_g556/a_1 (\scr_ff_mux_state_427_13_g556/w_1 , 
    n_423, n_366);
  and \scr_ff_mux_state_427_13_g556/a_0 (\scr_ff_mux_state_427_13_g556/w_0 , 
    n_422, scr_out[14]);
  or \scr_ff_mux_state_427_13_g540/org (scr_out_p[17], 
    \scr_ff_mux_state_427_13_g540/w_0 , \scr_ff_mux_state_427_13_g540/w_1 , 
    \scr_ff_mux_state_427_13_g540/w_2 , \scr_ff_mux_state_427_13_g540/w_3 , 
    \scr_ff_mux_state_427_13_g540/w_4 );
  and \scr_ff_mux_state_427_13_g540/a_4 (\scr_ff_mux_state_427_13_g540/w_4 , set, 
    \scr_ff_mux_state_427_13_g540/data4 );
  and \scr_ff_mux_state_427_13_g540/a_3 (\scr_ff_mux_state_427_13_g540/w_3 , 
    n_425, \scr_ff_mux_state_427_13_g540/data3 );
  and \scr_ff_mux_state_427_13_g540/a_2 (\scr_ff_mux_state_427_13_g540/w_2 , 
    n_424, scr_in[17]);
  and \scr_ff_mux_state_427_13_g540/a_1 (\scr_ff_mux_state_427_13_g540/w_1 , 
    n_423, n_346);
  and \scr_ff_mux_state_427_13_g540/a_0 (\scr_ff_mux_state_427_13_g540/w_0 , 
    n_422, scr_out[17]);
  or \scr_ff_mux_state_427_13_g528/org (scr_out_p[18], 
    \scr_ff_mux_state_427_13_g528/w_0 , \scr_ff_mux_state_427_13_g528/w_1 , 
    \scr_ff_mux_state_427_13_g528/w_2 , \scr_ff_mux_state_427_13_g528/w_3 , 
    \scr_ff_mux_state_427_13_g528/w_4 );
  and \scr_ff_mux_state_427_13_g528/a_4 (\scr_ff_mux_state_427_13_g528/w_4 , set, 
    \scr_ff_mux_state_427_13_g528/data4 );
  and \scr_ff_mux_state_427_13_g528/a_3 (\scr_ff_mux_state_427_13_g528/w_3 , 
    n_425, \scr_ff_mux_state_427_13_g528/data3 );
  and \scr_ff_mux_state_427_13_g528/a_2 (\scr_ff_mux_state_427_13_g528/w_2 , 
    n_424, scr_in[18]);
  and \scr_ff_mux_state_427_13_g528/a_1 (\scr_ff_mux_state_427_13_g528/w_1 , 
    n_423, n_339);
  and \scr_ff_mux_state_427_13_g528/a_0 (\scr_ff_mux_state_427_13_g528/w_0 , 
    n_422, scr_out[18]);
  or \scr_ff_mux_state_427_13_g512/org (scr_out_p[22], 
    \scr_ff_mux_state_427_13_g512/w_0 , \scr_ff_mux_state_427_13_g512/w_1 , 
    \scr_ff_mux_state_427_13_g512/w_2 , \scr_ff_mux_state_427_13_g512/w_3 , 
    \scr_ff_mux_state_427_13_g512/w_4 );
  and \scr_ff_mux_state_427_13_g512/a_4 (\scr_ff_mux_state_427_13_g512/w_4 , set, 
    \scr_ff_mux_state_427_13_g512/data4 );
  and \scr_ff_mux_state_427_13_g512/a_3 (\scr_ff_mux_state_427_13_g512/w_3 , 
    n_425, \scr_ff_mux_state_427_13_g512/data3 );
  and \scr_ff_mux_state_427_13_g512/a_2 (\scr_ff_mux_state_427_13_g512/w_2 , 
    n_424, scr_in[22]);
  and \scr_ff_mux_state_427_13_g512/a_1 (\scr_ff_mux_state_427_13_g512/w_1 , 
    n_423, n_313);
  and \scr_ff_mux_state_427_13_g512/a_0 (\scr_ff_mux_state_427_13_g512/w_0 , 
    n_422, scr_out[22]);
  or \scr_ff_mux_state_427_13_g500/org (scr_out_p[7], 
    \scr_ff_mux_state_427_13_g500/w_0 , \scr_ff_mux_state_427_13_g500/w_1 , 
    \scr_ff_mux_state_427_13_g500/w_2 , \scr_ff_mux_state_427_13_g500/w_3 , 
    \scr_ff_mux_state_427_13_g500/w_4 );
  and \scr_ff_mux_state_427_13_g500/a_4 (\scr_ff_mux_state_427_13_g500/w_4 , set, 
    \scr_ff_mux_state_427_13_g500/data4 );
  and \scr_ff_mux_state_427_13_g500/a_3 (\scr_ff_mux_state_427_13_g500/w_3 , 
    n_425, \scr_ff_mux_state_427_13_g500/data3 );
  and \scr_ff_mux_state_427_13_g500/a_2 (\scr_ff_mux_state_427_13_g500/w_2 , 
    n_424, scr_in[7]);
  and \scr_ff_mux_state_427_13_g500/a_1 (\scr_ff_mux_state_427_13_g500/w_1 , 
    n_423, n_391);
  and \scr_ff_mux_state_427_13_g500/a_0 (\scr_ff_mux_state_427_13_g500/w_0 , 
    n_422, scr_out[7]);
  or \scr_ff_mux_state_427_13_g484/org (scr_out_p[21], 
    \scr_ff_mux_state_427_13_g484/w_0 , \scr_ff_mux_state_427_13_g484/w_1 , 
    \scr_ff_mux_state_427_13_g484/w_2 , \scr_ff_mux_state_427_13_g484/w_3 , 
    \scr_ff_mux_state_427_13_g484/w_4 );
  and \scr_ff_mux_state_427_13_g484/a_4 (\scr_ff_mux_state_427_13_g484/w_4 , set, 
    \scr_ff_mux_state_427_13_g484/data4 );
  and \scr_ff_mux_state_427_13_g484/a_3 (\scr_ff_mux_state_427_13_g484/w_3 , 
    n_425, \scr_ff_mux_state_427_13_g484/data3 );
  and \scr_ff_mux_state_427_13_g484/a_2 (\scr_ff_mux_state_427_13_g484/w_2 , 
    n_424, scr_in[21]);
  and \scr_ff_mux_state_427_13_g484/a_1 (\scr_ff_mux_state_427_13_g484/w_1 , 
    n_423, n_320);
  and \scr_ff_mux_state_427_13_g484/a_0 (\scr_ff_mux_state_427_13_g484/w_0 , 
    n_422, scr_out[21]);
  or \scr_ff_mux_state_427_13_g472/org (scr_out_p[2], 
    \scr_ff_mux_state_427_13_g472/w_0 , \scr_ff_mux_state_427_13_g472/w_1 , 
    \scr_ff_mux_state_427_13_g472/w_2 , \scr_ff_mux_state_427_13_g472/w_3 , 
    \scr_ff_mux_state_427_13_g472/w_4 );
  and \scr_ff_mux_state_427_13_g472/a_4 (\scr_ff_mux_state_427_13_g472/w_4 , set, 
    \scr_ff_mux_state_427_13_g472/data4 );
  and \scr_ff_mux_state_427_13_g472/a_3 (\scr_ff_mux_state_427_13_g472/w_3 , 
    n_425, \scr_ff_mux_state_427_13_g472/data3 );
  and \scr_ff_mux_state_427_13_g472/a_2 (\scr_ff_mux_state_427_13_g472/w_2 , 
    n_424, scr_in[2]);
  and \scr_ff_mux_state_427_13_g472/a_1 (\scr_ff_mux_state_427_13_g472/w_1 , 
    n_423, n_95);
  and \scr_ff_mux_state_427_13_g472/a_0 (\scr_ff_mux_state_427_13_g472/w_0 , 
    n_422, scr_out[2]);
  or \scr_ff_mux_state_427_13_g456/org (scr_out_p[3], 
    \scr_ff_mux_state_427_13_g456/w_0 , \scr_ff_mux_state_427_13_g456/w_1 , 
    \scr_ff_mux_state_427_13_g456/w_2 , \scr_ff_mux_state_427_13_g456/w_3 , 
    \scr_ff_mux_state_427_13_g456/w_4 );
  and \scr_ff_mux_state_427_13_g456/a_4 (\scr_ff_mux_state_427_13_g456/w_4 , set, 
    \scr_ff_mux_state_427_13_g456/data4 );
  and \scr_ff_mux_state_427_13_g456/a_3 (\scr_ff_mux_state_427_13_g456/w_3 , 
    n_425, \scr_ff_mux_state_427_13_g456/data3 );
  and \scr_ff_mux_state_427_13_g456/a_2 (\scr_ff_mux_state_427_13_g456/w_2 , 
    n_424, scr_in[3]);
  and \scr_ff_mux_state_427_13_g456/a_1 (\scr_ff_mux_state_427_13_g456/w_1 , 
    n_423, n_89);
  and \scr_ff_mux_state_427_13_g456/a_0 (\scr_ff_mux_state_427_13_g456/w_0 , 
    n_422, scr_out[3]);
  or \scr_ff_mux_state_427_13_g444/org (scr_out_p[4], 
    \scr_ff_mux_state_427_13_g444/w_0 , \scr_ff_mux_state_427_13_g444/w_1 , 
    \scr_ff_mux_state_427_13_g444/w_2 , \scr_ff_mux_state_427_13_g444/w_3 , 
    \scr_ff_mux_state_427_13_g444/w_4 );
  and \scr_ff_mux_state_427_13_g444/a_4 (\scr_ff_mux_state_427_13_g444/w_4 , set, 
    \scr_ff_mux_state_427_13_g444/data4 );
  and \scr_ff_mux_state_427_13_g444/a_3 (\scr_ff_mux_state_427_13_g444/w_3 , 
    n_425, \scr_ff_mux_state_427_13_g444/data3 );
  and \scr_ff_mux_state_427_13_g444/a_2 (\scr_ff_mux_state_427_13_g444/w_2 , 
    n_424, scr_in[4]);
  and \scr_ff_mux_state_427_13_g444/a_1 (\scr_ff_mux_state_427_13_g444/w_1 , 
    n_423, n_83);
  and \scr_ff_mux_state_427_13_g444/a_0 (\scr_ff_mux_state_427_13_g444/w_0 , 
    n_422, scr_out[4]);
  or \scr_ff_mux_state_427_13_g428/org (scr_out_p[5], 
    \scr_ff_mux_state_427_13_g428/w_0 , \scr_ff_mux_state_427_13_g428/w_1 , 
    \scr_ff_mux_state_427_13_g428/w_2 , \scr_ff_mux_state_427_13_g428/w_3 , 
    \scr_ff_mux_state_427_13_g428/w_4 );
  and \scr_ff_mux_state_427_13_g428/a_4 (\scr_ff_mux_state_427_13_g428/w_4 , set, 
    \scr_ff_mux_state_427_13_g428/data4 );
  and \scr_ff_mux_state_427_13_g428/a_3 (\scr_ff_mux_state_427_13_g428/w_3 , 
    n_425, \scr_ff_mux_state_427_13_g428/data3 );
  and \scr_ff_mux_state_427_13_g428/a_2 (\scr_ff_mux_state_427_13_g428/w_2 , 
    n_424, scr_in[5]);
  and \scr_ff_mux_state_427_13_g428/a_1 (\scr_ff_mux_state_427_13_g428/w_1 , 
    n_423, n_397);
  and \scr_ff_mux_state_427_13_g428/a_0 (\scr_ff_mux_state_427_13_g428/w_0 , 
    n_422, scr_out[5]);
  or \scr_ff_mux_state_427_13_g416/org (scr_out_p[6], 
    \scr_ff_mux_state_427_13_g416/w_0 , \scr_ff_mux_state_427_13_g416/w_1 , 
    \scr_ff_mux_state_427_13_g416/w_2 , \scr_ff_mux_state_427_13_g416/w_3 , 
    \scr_ff_mux_state_427_13_g416/w_4 );
  and \scr_ff_mux_state_427_13_g416/a_4 (\scr_ff_mux_state_427_13_g416/w_4 , set, 
    \scr_ff_mux_state_427_13_g416/data4 );
  and \scr_ff_mux_state_427_13_g416/a_3 (\scr_ff_mux_state_427_13_g416/w_3 , 
    n_425, \scr_ff_mux_state_427_13_g416/data3 );
  and \scr_ff_mux_state_427_13_g416/a_2 (\scr_ff_mux_state_427_13_g416/w_2 , 
    n_424, scr_in[6]);
  and \scr_ff_mux_state_427_13_g416/a_1 (\scr_ff_mux_state_427_13_g416/w_1 , 
    n_423, n_394);
  and \scr_ff_mux_state_427_13_g416/a_0 (\scr_ff_mux_state_427_13_g416/w_0 , 
    n_422, scr_out[6]);
  or \scr_ff_mux_state_427_13_g400/org (scr_out_p[19], 
    \scr_ff_mux_state_427_13_g400/w_0 , \scr_ff_mux_state_427_13_g400/w_1 , 
    \scr_ff_mux_state_427_13_g400/w_2 , \scr_ff_mux_state_427_13_g400/w_3 , 
    \scr_ff_mux_state_427_13_g400/w_4 );
  and \scr_ff_mux_state_427_13_g400/a_4 (\scr_ff_mux_state_427_13_g400/w_4 , set, 
    \scr_ff_mux_state_427_13_g400/data4 );
  and \scr_ff_mux_state_427_13_g400/a_3 (\scr_ff_mux_state_427_13_g400/w_3 , 
    n_425, \scr_ff_mux_state_427_13_g400/data3 );
  and \scr_ff_mux_state_427_13_g400/a_2 (\scr_ff_mux_state_427_13_g400/w_2 , 
    n_424, scr_in[19]);
  and \scr_ff_mux_state_427_13_g400/a_1 (\scr_ff_mux_state_427_13_g400/w_1 , 
    n_423, n_333);
  and \scr_ff_mux_state_427_13_g400/a_0 (\scr_ff_mux_state_427_13_g400/w_0 , 
    n_422, scr_out[19]);
  or \scr_ff_mux_state_427_13_g388/org (scr_out_p[20], 
    \scr_ff_mux_state_427_13_g388/w_0 , \scr_ff_mux_state_427_13_g388/w_1 , 
    \scr_ff_mux_state_427_13_g388/w_2 , \scr_ff_mux_state_427_13_g388/w_3 , 
    \scr_ff_mux_state_427_13_g388/w_4 );
  and \scr_ff_mux_state_427_13_g388/a_4 (\scr_ff_mux_state_427_13_g388/w_4 , set, 
    \scr_ff_mux_state_427_13_g388/data4 );
  and \scr_ff_mux_state_427_13_g388/a_3 (\scr_ff_mux_state_427_13_g388/w_3 , 
    n_425, \scr_ff_mux_state_427_13_g388/data3 );
  and \scr_ff_mux_state_427_13_g388/a_2 (\scr_ff_mux_state_427_13_g388/w_2 , 
    n_424, scr_in[20]);
  and \scr_ff_mux_state_427_13_g388/a_1 (\scr_ff_mux_state_427_13_g388/w_1 , 
    n_423, n_326);
  and \scr_ff_mux_state_427_13_g388/a_0 (\scr_ff_mux_state_427_13_g388/w_0 , 
    n_422, scr_out[20]);
  or \scr_ff_mux_state_427_13_g372/org (scr_out_p[1], 
    \scr_ff_mux_state_427_13_g372/w_0 , \scr_ff_mux_state_427_13_g372/w_1 , 
    \scr_ff_mux_state_427_13_g372/w_2 , \scr_ff_mux_state_427_13_g372/w_3 , 
    \scr_ff_mux_state_427_13_g372/w_4 );
  and \scr_ff_mux_state_427_13_g372/a_4 (\scr_ff_mux_state_427_13_g372/w_4 , set, 
    \scr_ff_mux_state_427_13_g372/data4 );
  and \scr_ff_mux_state_427_13_g372/a_3 (\scr_ff_mux_state_427_13_g372/w_3 , 
    n_425, \scr_ff_mux_state_427_13_g372/data3 );
  and \scr_ff_mux_state_427_13_g372/a_2 (\scr_ff_mux_state_427_13_g372/w_2 , 
    n_424, scr_in[1]);
  and \scr_ff_mux_state_427_13_g372/a_1 (\scr_ff_mux_state_427_13_g372/w_1 , 
    n_423, n_74);
  and \scr_ff_mux_state_427_13_g372/a_0 (\scr_ff_mux_state_427_13_g372/w_0 , 
    n_422, scr_out[1]);
  or \scr_ff_mux_state_427_13_g360/org (scr_out_p[0], 
    \scr_ff_mux_state_427_13_g360/w_0 , \scr_ff_mux_state_427_13_g360/w_1 , 
    \scr_ff_mux_state_427_13_g360/w_2 , \scr_ff_mux_state_427_13_g360/w_3 , 
    \scr_ff_mux_state_427_13_g360/w_4 );
  and \scr_ff_mux_state_427_13_g360/a_4 (\scr_ff_mux_state_427_13_g360/w_4 , set, 
    \scr_ff_mux_state_427_13_g360/data4 );
  and \scr_ff_mux_state_427_13_g360/a_3 (\scr_ff_mux_state_427_13_g360/w_3 , 
    n_425, \scr_ff_mux_state_427_13_g360/data3 );
  and \scr_ff_mux_state_427_13_g360/a_2 (\scr_ff_mux_state_427_13_g360/w_2 , 
    n_424, scr_in[0]);
  and \scr_ff_mux_state_427_13_g360/a_1 (\scr_ff_mux_state_427_13_g360/w_1 , 
    n_423, a15);
  and \scr_ff_mux_state_427_13_g360/a_0 (\scr_ff_mux_state_427_13_g360/w_0 , 
    n_422, scr_out[0]);
  xor g10(\a10[0] , scr_out[25], scr_out[21]);
  xor g11(\a9[0] , scr_out[26], scr_out[22]);
  xor g12(\a8[0] , scr_out[27], scr_out[23]);
  xor g13(\a7[0] , scr_out[28], scr_out[24]);
  xor g14(\a6[0] , scr_out[29], scr_out[25]);
  xor g15(\a5[0] , scr_out[30], scr_out[26]);
  xor g16(\a4[0] , scr_out[31], scr_out[27]);
  xor g17(n_74, a15, \a14[0] );
  xor g209(n_267, n_78, \a6[0] );
  xor g210(n_268, \a5[0] , scr_out[31]);
  xor g211(n_269, n_267, n_268);
  xor g212(n_270, n_84, \a7[0] );
  xor g213(n_271, \a6[0] , scr_out[30]);
  xor g214(n_272, scr_out[31], n_270);
  xor g215(n_273, n_271, n_272);
  xor g216(n_274, n_90, \a8[0] );
  xor g217(n_275, \a7[0] , scr_out[29]);
  xor g218(n_276, scr_out[30], n_274);
  xor g219(n_277, n_275, n_276);
  xor g220(n_278, n_96, \a9[0] );
  xor g221(n_279, \a8[0] , scr_out[28]);
  xor g222(n_280, scr_out[29], n_278);
  xor g223(n_281, n_279, n_280);
  xor g224(n_282, n_102, \a9[0] );
  xor g225(n_283, \a4[0] , scr_out[28]);
  xor g226(n_284, scr_out[31], n_282);
  xor g227(n_285, n_283, n_284);
  xor g228(n_286, n_107, \a10[0] );
  xor g229(n_287, \a5[0] , \a4[0] );
  xor g230(n_288, scr_out[30], scr_out[31]);
  xor g231(n_289, n_286, n_287);
  xor g232(n_290, n_288, n_289);
  xor g233(n_291, n_112, \a11[0] );
  xor g234(n_292, \a6[0] , \a5[0] );
  xor g235(n_293, scr_out[29], scr_out[30]);
  xor g236(n_294, n_291, n_292);
  xor g237(n_295, n_293, n_294);
  xor g238(n_296, n_89, \a7[0] );
  xor g239(n_297, \a6[0] , scr_out[28]);
  xor g240(n_298, scr_out[29], scr_out[31]);
  xor g241(n_299, n_296, n_297);
  xor g242(n_300, n_298, n_299);
  xor g243(n_301, n_95, \a8[0] );
  xor g244(n_302, \a7[0] , \a4[0] );
  xor g245(n_303, scr_out[28], scr_out[30]);
  xor g246(n_304, scr_out[31], n_301);
  xor g247(n_305, n_302, n_303);
  xor g248(n_306, n_304, n_305);
  xor g249(n_307, n_74, \a9[0] );
  xor g250(n_308, \a8[0] , \a5[0] );
  xor g251(n_309, \a4[0] , scr_out[29]);
  xor g253(n_311, n_307, n_308);
  xor g254(n_312, n_309, n_288);
  xor g255(n_313, n_311, n_312);
  xor g256(n_314, a15, \a10[0] );
  xor g257(n_315, \a9[0] , \a6[0] );
  xor g258(n_316, \a5[0] , scr_out[28]);
  xor g260(n_318, n_314, n_315);
  xor g261(n_319, n_316, n_293);
  xor g262(n_320, n_318, n_319);
  xor g263(n_321, \a11[0] , \a10[0] );
  xor g264(n_322, \a7[0] , \a6[0] );
  xor g266(n_324, scr_out[29], n_321);
  xor g267(n_325, n_322, n_283);
  xor g268(n_326, n_324, n_325);
  xor g269(n_327, \a12[0] , \a11[0] );
  xor g270(n_328, \a8[0] , \a7[0] );
  xor g272(n_330, scr_out[28], scr_out[31]);
  xor g273(n_331, n_327, n_328);
  xor g274(n_332, n_287, n_330);
  xor g275(n_333, n_331, n_332);
  xor g276(n_334, n_112, \a9[0] );
  xor g277(n_335, \a8[0] , \a6[0] );
  xor g279(n_337, scr_out[30], n_334);
  xor g28(n_84, n_83, \a8[0] );
  xor g280(n_338, n_335, n_287);
  xor g281(n_339, n_337, n_338);
  xor g282(n_340, n_88, \a10[0] );
  xor g283(n_341, \a9[0] , \a7[0] );
  xor g286(n_344, n_340, n_341);
  xor g287(n_345, n_292, n_298);
  xor g288(n_346, n_344, n_345);
  xor g289(n_347, n_102, \a8[0] );
  xor g292(n_350, scr_out[31], n_347);
  xor g293(n_351, n_322, n_303);
  xor g294(n_352, n_350, n_351);
  xor g295(n_353, n_107, \a9[0] );
  xor g299(n_357, n_353, n_328);
  xor g301(n_359, n_357, n_312);
  xor g302(n_360, n_112, \a10[0] );
  xor g303(n_361, \a9[0] , \a8[0] );
  xor g306(n_364, n_360, n_361);
  xor g308(n_366, n_364, n_319);
  xor g309(n_367, n_88, \a11[0] );
  xor g310(n_368, \a10[0] , \a9[0] );
  xor g311(n_369, \a6[0] , \a4[0] );
  xor g312(n_370, scr_out[28], scr_out[29]);
  xor g313(n_371, n_367, n_368);
  xor g314(n_372, n_369, n_370);
  xor g315(n_373, n_371, n_372);
  xor g316(n_374, n_78, \a5[0] );
  xor g318(n_376, n_374, n_283);
  xor g319(n_377, n_84, \a6[0] );
  xor g321(n_379, n_377, n_287);
  xor g322(n_380, n_90, \a7[0] );
  xor g324(n_382, n_380, n_292);
  xor g325(n_383, n_96, \a8[0] );
  xor g327(n_385, n_383, n_322);
  xor g328(n_386, n_101, \a9[0] );
  xor g33(n_88, \a14[0] , \a13[0] );
  xor g330(n_388, n_386, n_328);
  xor g331(n_389, n_106, \a10[0] );
  xor g333(n_391, n_389, n_361);
  xor g334(n_392, \a13[0] , \a11[0] );
  xor g336(n_394, n_392, n_368);
  xor g337(n_395, \a14[0] , \a12[0] );
  xor g339(n_397, n_395, n_321);
  xor g34(n_89, n_88, \a12[0] );
  xor g340(n_398, a15, \a13[0] );
  xor g342(n_83, n_398, n_327);
  xor g344(n_401, scr_out[20], scr_out[16]);
  xor g345(a15, n_298, n_401);
  xor g346(n_402, n_74, \a12[0] );
  xor g348(n_404, \a7[0] , n_402);
  xor g349(n_78, n_321, n_404);
  xor g35(n_90, n_89, \a9[0] );
  xor g4(n_72, scr_out[30], scr_out[21]);
  xor g41(n_95, n_74, \a13[0] );
  xor g42(n_96, n_95, \a10[0] );
  xor g48(n_101, n_74, \a11[0] );
  xor g49(n_102, n_101, \a10[0] );
  xor g5(\a14[0] , n_72, scr_out[17]);
  xor g54(n_106, a15, \a12[0] );
  xor g55(n_107, n_106, \a11[0] );
  xor g6(n_73, scr_out[31], scr_out[22]);
  xor g61(n_112, \a13[0] , \a12[0] );
  xor g7(\a13[0] , n_73, scr_out[18]);
  xor g8(\a12[0] , scr_out[23], scr_out[19]);
  xor g9(\a11[0] , scr_out[24], scr_out[20]);
  nor g22(n_422, scr_run, set, scr_init, reset);
  not g843(n_1151, reset);
  not g844(n_1152, scr_init);
  not g845(n_1153, scr_run);
  nor g846(n_423, scr_init, n_1153, reset, set);
  nor g847(n_424, n_1152, reset, set);
  nor g848(n_425, n_1151, set);
endmodule